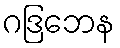
ဂဒြဘေန